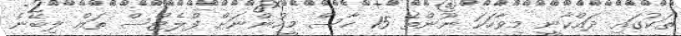
ތަކުގައި ދައްކާނީ މިވާހަކަ ނޫންތޭ 15 ހާސް މީހުންނަށް ފްލެޓްސް ތައް ލިބޭނެ